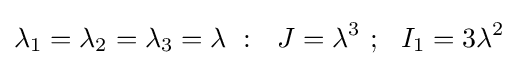
\lambda _{1}=\lambda _{2}=\lambda _{3}=\lambda ~:~~J=\lambda ^{3}~;~~I_{1}=3\lambda ^{2}